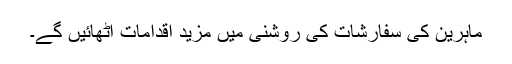
ماہرین کی سفارشات کی روشنی میں مزید اقدامات اٹھائیں گے۔